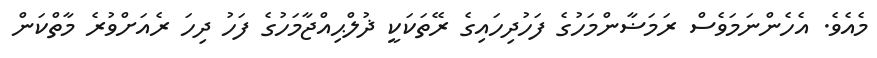
މެއެވެ. އެހެންނަމަވެސް ރަމަޟާންމަހުގެ ފަހުދިހައިގެ ރޭތަކަކީ ޛުލްޙިއްޖާމަހުގެ ފަހު ދިހަ ރެއަށްވުރެ މާތްކަން